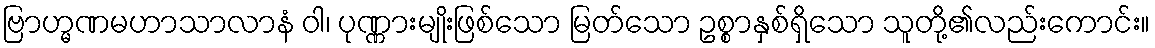
ဗြာဟ္မဏမဟာသာလာနံ ဝါ၊ ပုဏ္ဏားမျိုးဖြစ်သော မြတ်သော ဥစ္စာနှစ်ရှိသော သူတို့၏လည်းကောင်း။